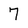
Character: 7